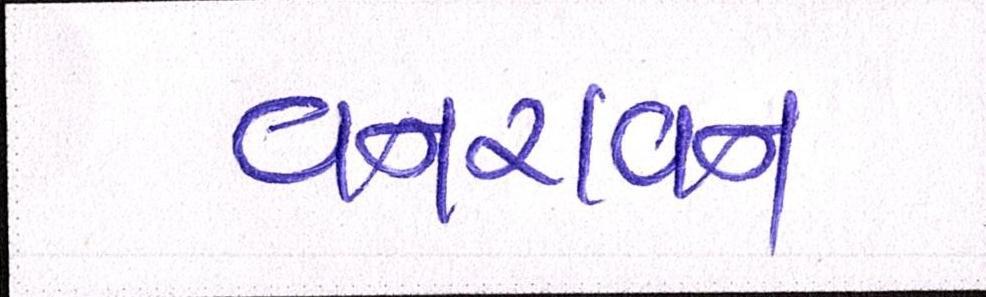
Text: વનરાવન